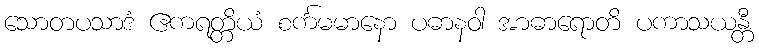
သောတပသာဒံ ဧကရတ္တိယံ စင်္ကမမာနော ပဓာနဝါ အာဓာရောတိ ပကာသယန္တီ